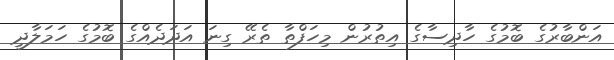
އަންބާރުގެ ބޮމުގެ ހާދިސާގެ އިތުރުން މިހަފްތާ ތެރޭ ގިނަ އަދަދެއްގެ ބޮމުގެ ހަމަލާދީ